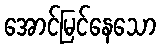
အောင်မြင်နေသော